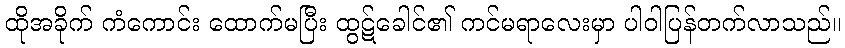
ထိုအခိုက် ကံကောင်း ထောက်မပြီး ထွဋ်ခေါင်၏ ကင်မရာလေးမှာ ပါဝါပြန်တက်လာသည်။